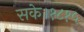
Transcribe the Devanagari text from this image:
सके।१८१५